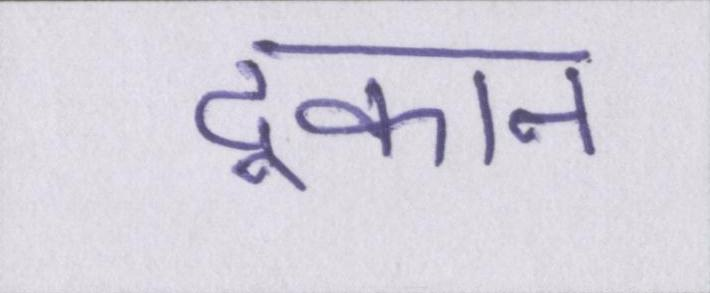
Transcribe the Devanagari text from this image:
दूकान